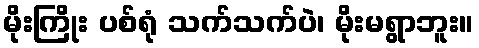
မိုးကြိုး ပစ်ရုံ သက်သက်ပဲ၊ မိုးမရွာဘူး။